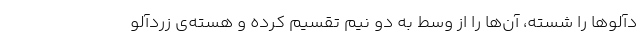
دآلو‌ها را شسته، آن‌ها را از وسط به دو نیم تقسیم کرده و هسته‌ی زردآلو